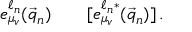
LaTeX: e _ { \mu _ { v } } ^ { \ell _ { n } } ( \vec { q } _ { n } ) \qquad [ e _ { \mu _ { v } } ^ { \ell _ { n } * } ( \vec { q } _ { n } ) ] \, .